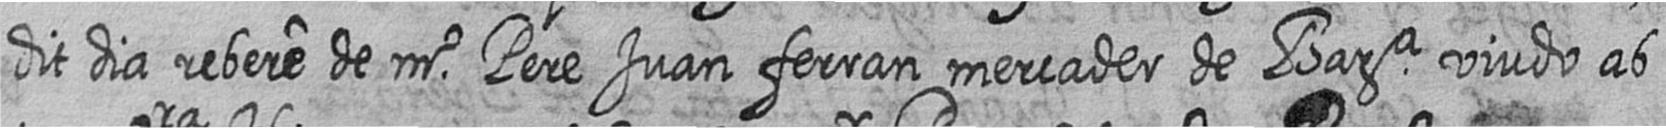
dit dia rebere de mr Pere Juan ferran mercader de Bara viudo ab